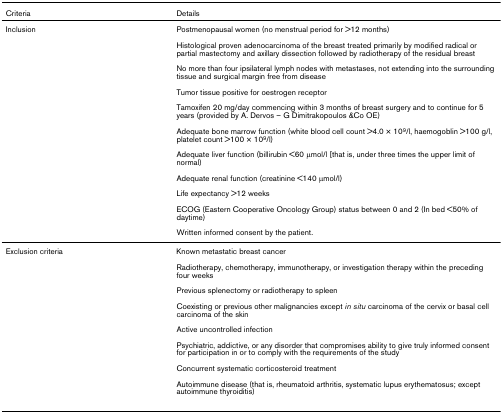
| Criteria | Details |
 | --- | --- |
 | Inclusion | Postmenopausal women (no menstrual period for >12 months) |
 |  | Histological proven adenocarcinoma of the breast treated primarily by modified radical or partial mastectomy and axillary dissection followed by radiotherapy of the residual breast |
 |  | No more than four ipsilateral lymph nodes with metastases, not extending into the surrounding tissue and surgical margin free from disease |
 |  | Tumor tissue positive for oestrogen receptor |
 |  | Tamoxifen 20 mg/day commencing within 3 months of breast surgery and to continue for 5 years (provided by A. Dervos – G Dimitrakopoulos &Co OE) |
 |  | Adequate bone marrow function (white blood cell count >4.0 × 109/l, haemogoblin >100 g/l, platelet count >100 × 109/l) |
 |  | Adequate liver function (billirubin <60 μmol/l [that is, under three times the upper limit of normal) |
 |  | Adequate renal function (creatinine <140 μmol/l) |
 |  | Life expectancy >12 weeks |
 |  | ECOG (Eastern Cooperative Oncology Group) status between 0 and 2 (In bed <50% of daytime) |
 |  | Written informed consent by the patient. |
 | Exclusion criteria | Known metastatic breast cancer |
 |  | Radiotherapy, chemotherapy, immunotherapy, or investigation therapy within the preceding four weeks |
 |  | Previous splenectomy or radiotherapy to spleen |
 |  | Coexisting or previous other malignancies except in situ carcinoma of the cervix or basal cell carcinoma of the skin |
 |  | Active uncontrolled infection |
 |  | Psychiatric, addictive, or any disorder that compromises ability to give truly informed consent for participation in or to comply with the requirements of the study |
 |  | Concurrent systematic corticosteroid treatment |
 |  | Autoimmune disease (that is, rheumatoid arthritis, systematic lupus erythematosus; except autoimmune thyroiditis) |